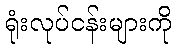
ရုံးလုပ်ငန်းများကို